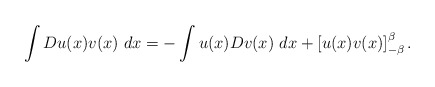
\begin{align*}\int Du(x)v(x)\ dx=-\int u(x)Dv(x)\ dx+\left[ u(x)v(x)\right] _{-\beta}^{\beta }. \end{align*}